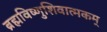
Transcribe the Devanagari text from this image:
ब्रह्मविष्णुशिवात्मकम्